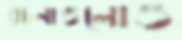
রচনাগুলোও